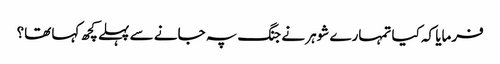
فرمایا کہ کیا تمہارے شوہر نے جنگ پہ جانے سے پہلے کچھ کہا تھا؟